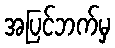
အပြင်ဘက်မှ